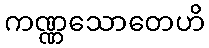
ကဏ္ဏသောတေဟိ